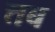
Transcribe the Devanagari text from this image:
त्तब